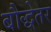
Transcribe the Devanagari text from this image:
बौद्धेतर